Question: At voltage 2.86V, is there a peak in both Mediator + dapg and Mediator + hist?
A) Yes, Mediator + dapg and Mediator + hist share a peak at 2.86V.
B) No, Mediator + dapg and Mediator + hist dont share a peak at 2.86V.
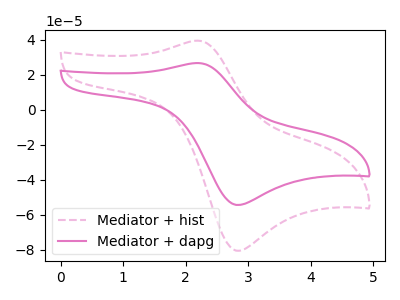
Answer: <think>The pink dashed curve "Mediator + hist" has an anodic peak at (2.20V, 39.40uA) and a cathodic peak at (2.85V, -80.55uA). The pink curve "Mediator + dapg" has an anodic peak at (2.20V, 26.60uA) and a cathodic peak at (2.85V, -54.40uA).</think>
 <answer>A) Yes, "Mediator + dapg" and "Mediator + hist" share a peak at 2.86V.</answer>
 <eval>A</eval>